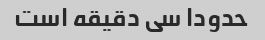
حدودا سی دقیقه است